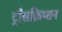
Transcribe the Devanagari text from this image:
ट्राँसक्रिप्शन